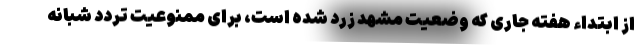
از ابتداء هفته جاری که وضعیت مشهد زرد شده است، برای ممنوعیت تردد شبانه